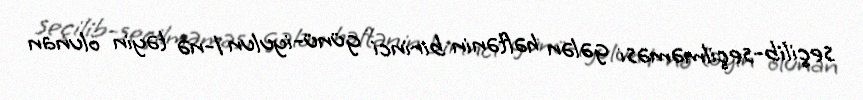
seçilib-seçilməməsi gələn həftənin birinci günü-iyulun 1-nə təyin olunan